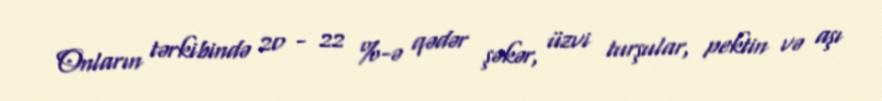
Onların tərkibində 20 - 22 %-ə qədər şəkər, üzvi turşular, pektin və aşı